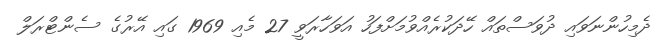
ދެމިހުންނަވައި ދުވަސްތައް ހޭދަކުރެއްވުމަށްފަހު އަވަހާރަވީ 27 މެއި 1969 ގައި އޭރުގެ ސެންޓްރަލް